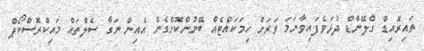
ތައިރޮއިޑް ގްލޭންޑް ދުޅަވެފައިވާނަމަ ވަރަށް ހިމަކައްޓެއް ބޭނުންކޮށްގެން އެއިން ނަގާ ސެލްތައް މައިކްރޮސްކޯޕް